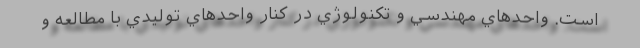
است. واحدهاي مهندسي و تكنولوژي در كنار واحدهاي توليدي با مطالعه و